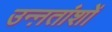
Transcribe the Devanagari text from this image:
उन्ऩतांशों